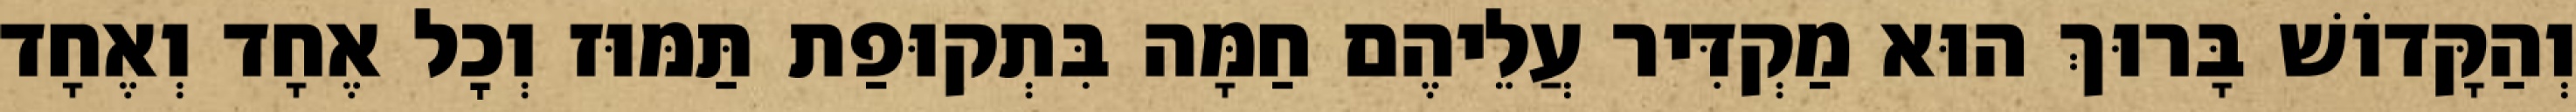
וְהַקָּדוֹשׁ בָּרוּךְ הוּא מַקְדִּיר עֲלֵיהֶם חַמָּה בִּתְקוּפַת תַּמּוּז וְכׇל אֶחָד וְאֶחָד